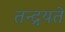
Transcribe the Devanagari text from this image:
तन्द्रयते